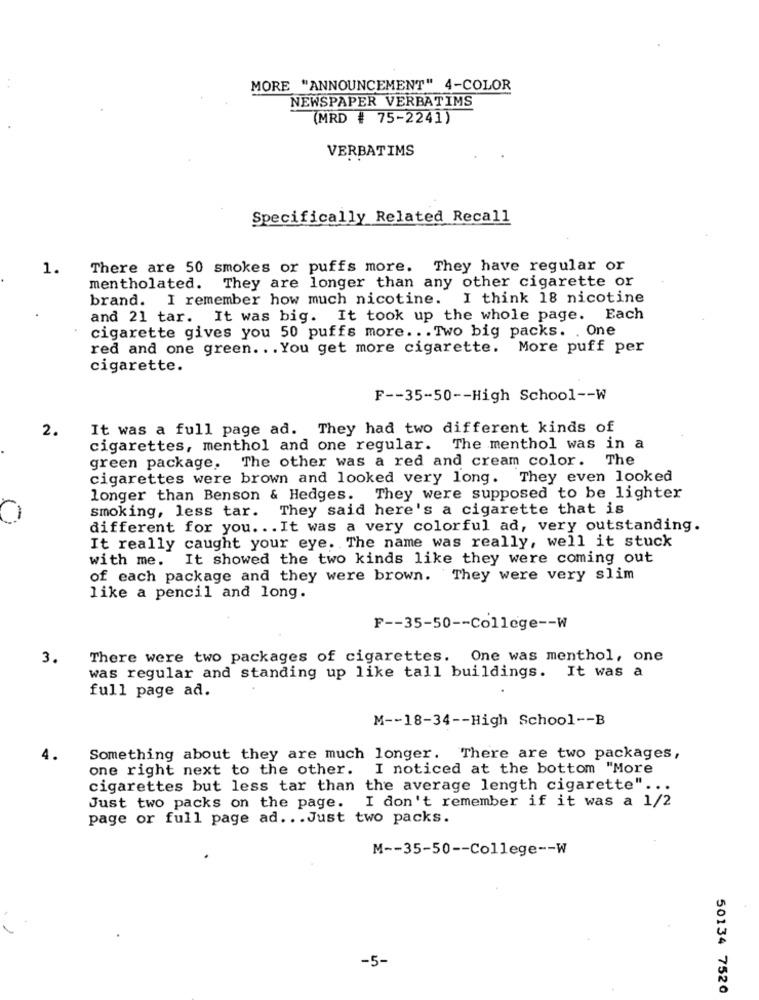
MORE "ANNOUNCEMENT" 4-COLOR
NEWSPAPER VERBATIMS
(MRD # 75-2241)
VERBATIMS
Specifically Related Recall
1.
There are 50 smokes or puffs more. They have regular or
mentholated. They are longer than any other cigarette or
brand. I remember how much nicotine. I think 18 nicotine
and 21 tar. It was big. It took up the whole page. Each
cigarette gives you 50 puffs more ... Two big packs. . One
red and one green ... You get more cigarette. More puff per
cigarette.
F -- 35-50 -- High School -- W
2.
It was a full page ad. They had two different kinds of
cigarettes, menthol and one regular.
The menthol was in a
green package, The other was a red and cream color.
The
cigarettes were brown and looked very long. They even looked
longer than Benson & Hedges. They were supposed to be lighter
smoking, less tar. They said here's a cigarette that is
different for you. .. It was a very colorful ad, very outstanding.
It really caught your eye. The name was really, well it stuck
with me. It showed the two kinds like they were coming out
of each package and they were brown. They were very slim
like a pencil and long.
F -- 35-50 -- College -- W
3.
There were two packages of cigarettes. One was menthol, one
was regular and standing up like tall buildings. It was a
full page ad.
M -- 18-34 -- High School -- B
4.
Something about they are much longer. There are two packages,
one right next to the other.
I noticed at the bottom "More
cigarettes but less tar than the average length cigarette".
Just two packs on the page. I don't remember if it was a 1/2
page or full page ad ... Just two packs.
M -- 35-50 -- College -- W
-5-
50134 7520